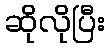
ဆိုလိုပြီး